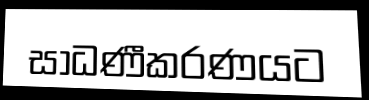
සාධණීකරණයට